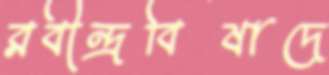
রবীন্দ্রবিষাদে